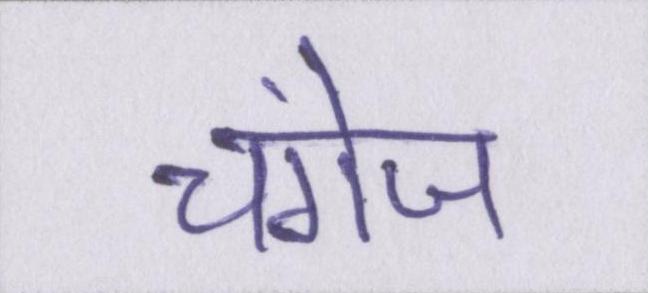
चंगेज